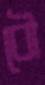
বৌ